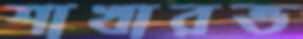
শাখারভ